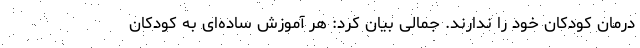
درمان کودکان خود را ندارند. جمالی بیان کرد: هر آموزش ساده‌ای به کودکان